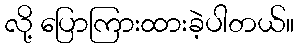
လို့ ပြောကြားထားခဲ့ပါတယ်။